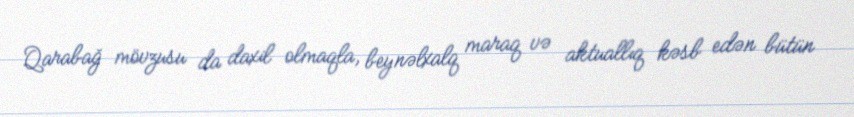
Qarabağ mövzusu da daxil olmaqla, beynəlxalq maraq və aktuallıq kəsb edən bütün